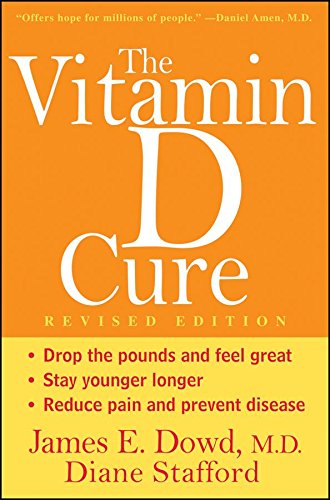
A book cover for The Vitamin D Cure, Revised; James Dowd; Health, Fitness & Dieting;